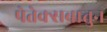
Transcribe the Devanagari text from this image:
पेतेक्सबातुन